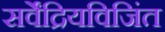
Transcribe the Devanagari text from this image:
सर्वेंद्रियविजिंत